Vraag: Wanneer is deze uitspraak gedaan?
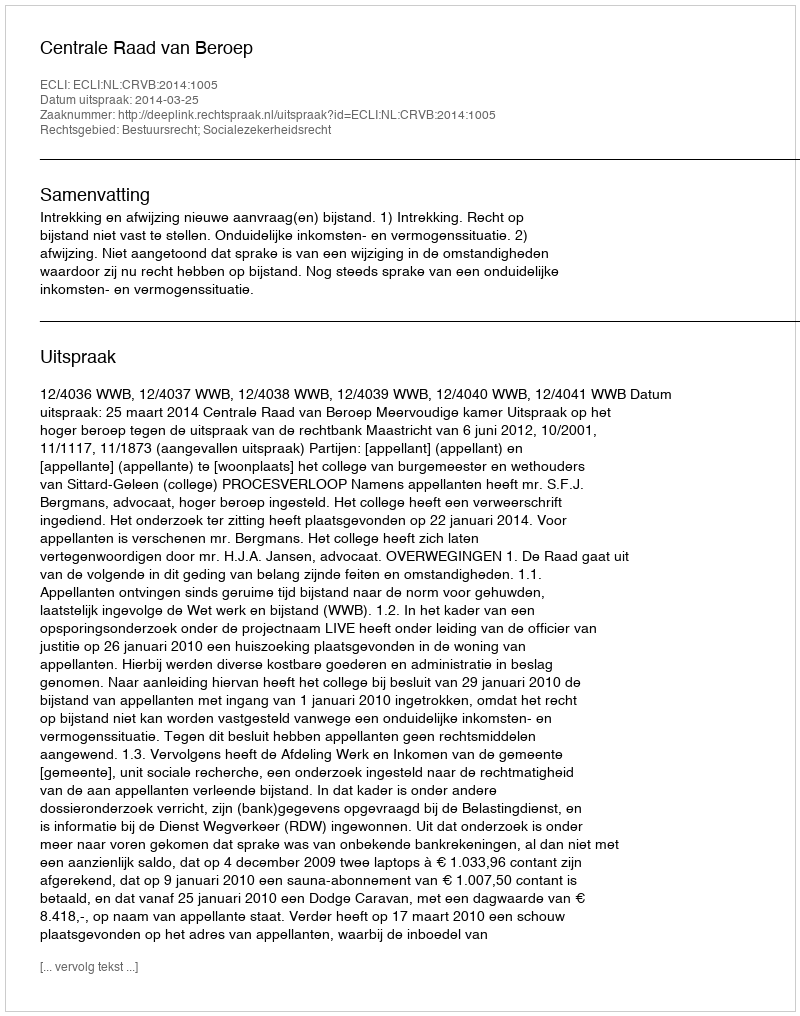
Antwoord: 2014-03-25